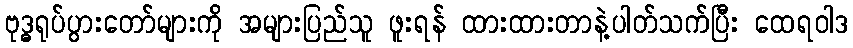
ဗုဒ္ဓရုပ်ပွားတော်များကို အများပြည်သူ ဖူးရန် ထားထားတာနဲ့ပါတ်သက်ပြီး ထေရဝါဒ